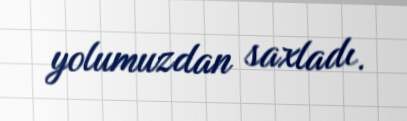
yolumuzdan saxladı.